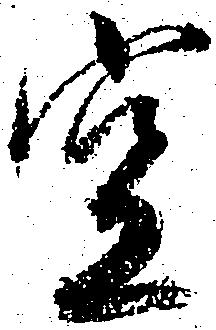
空